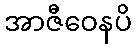
အာဇီဝေနပိ